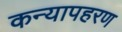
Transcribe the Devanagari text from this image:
कन्यापहरण